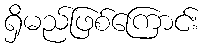
ရှိမည်ဖြစ်ကြောင်း